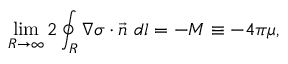
\operatorname * { l i m } _ { R \to \infty } 2 \oint _ { R } \nabla \sigma \cdot \vec { n } ~ d l = - M \equiv - 4 \pi \mu ,